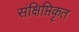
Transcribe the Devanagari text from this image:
संक्षिप्तिकृत